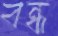
বন্ধ